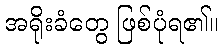
အရိုးခံတွေ ဖြစ်ပုံရ၏။